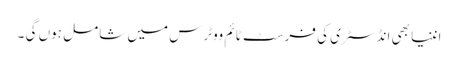
اننیا بھی انڈسٹری کی فرسٹ ٹائم ووٹرس میں شامل ہوں گی ۔